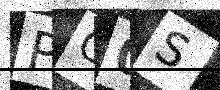
Text: PO0S